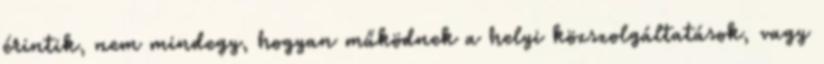
érintik, nem mindegy, hogyan működnek a helyi közszolgáltatások, vagy